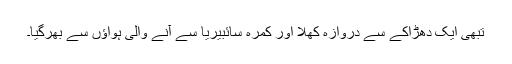
تبھی ایک دھڑاکے سے دروازہ کھلا اور کمرہ سائبیریا سے آنے والی ہواؤں سے بھرگیا۔